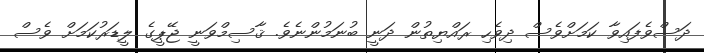
ދަސްވެފައިވާ ކަމަށްވެސް ދިވެހި ރައްޔިތުން ދަނީ ބުނަމުންނެވެ. ޤާސިމްވަނީ ޖޭޕީގެ ލީޑަރުކަމަށް ވެސް